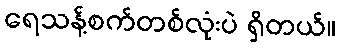
ရေသန့်စက်တစ်လုံးပဲ ရှိတယ်။